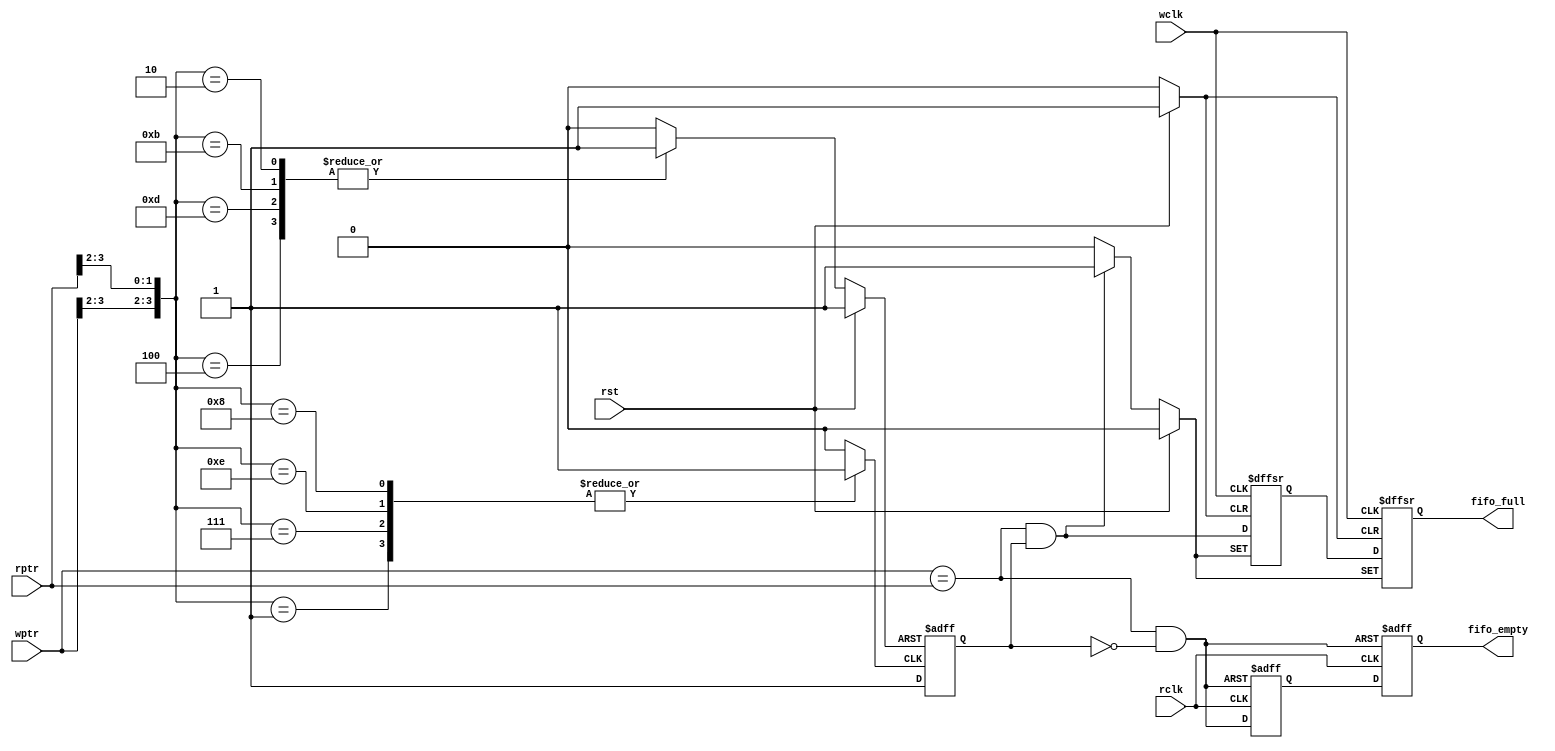
module versatile_fifo_async_cmp ( wptr, rptr, fifo_empty, fifo_full, wclk, rclk, rst );

   parameter ADDR_WIDTH = 4;   
   parameter N = ADDR_WIDTH-1;

   parameter Q1 = 2'b00;
   parameter Q2 = 2'b01;
   parameter Q3 = 2'b11;
   parameter Q4 = 2'b10;

   parameter going_empty = 1'b0;
   parameter going_full  = 1'b1;
   
   input [N:0]  wptr, rptr;   
   output reg	fifo_empty, fifo_full;
   input 	wclk, rclk, rst;   
   
   reg 	direction, direction_set, direction_clr;
   
   wire async_empty, async_full;
   reg 	fifo_full2, fifo_empty2;   
   
   // direction_set
   always @ (wptr[N:N-1] or rptr[N:N-1])
     case ({wptr[N:N-1],rptr[N:N-1]})
       {Q1,Q2} : direction_set <= 1'b1;
       {Q2,Q3} : direction_set <= 1'b1;
       {Q3,Q4} : direction_set <= 1'b1;
       {Q4,Q1} : direction_set <= 1'b1;
       default : direction_set <= 1'b0;
     endcase

   // direction_clear
   always @ (wptr[N:N-1] or rptr[N:N-1] or rst)
     if (rst)
       direction_clr <= 1'b1;
     else
       case ({wptr[N:N-1],rptr[N:N-1]})
	 {Q2,Q1} : direction_clr <= 1'b1;
	 {Q3,Q2} : direction_clr <= 1'b1;
	 {Q4,Q3} : direction_clr <= 1'b1;
	 {Q1,Q4} : direction_clr <= 1'b1;
	 default : direction_clr <= 1'b0;
       endcase
     
   always @ (posedge direction_set or posedge direction_clr)
     if (direction_clr)
       direction <= going_empty;
     else
       direction <= going_full;

   assign async_empty = (wptr == rptr) && (direction==going_empty);
   assign async_full  = (wptr == rptr) && (direction==going_full);

   always @ (posedge wclk or posedge rst or posedge async_full)
     if (rst)
       {fifo_full, fifo_full2} <= 2'b00;
     else if (async_full)
       {fifo_full, fifo_full2} <= 2'b11;
     else
       {fifo_full, fifo_full2} <= {fifo_full2, async_full};

   always @ (posedge rclk or posedge async_empty)
     if (async_empty)
       {fifo_empty, fifo_empty2} <= 2'b11;
     else
       {fifo_empty,fifo_empty2} <= {fifo_empty2,async_empty};   
   
endmodule // async_comp